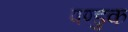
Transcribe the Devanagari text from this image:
पण्डुक